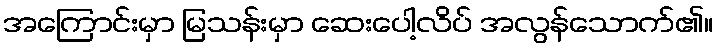
အကြောင်းမှာ မြသန်းမှာ ဆေးပေါ့လိပ် အလွန်သောက်၏။